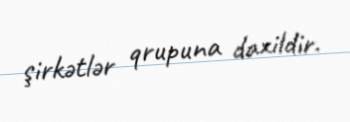
şirkətlər qrupuna daxildir.